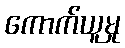
ကောက်ယူမှု